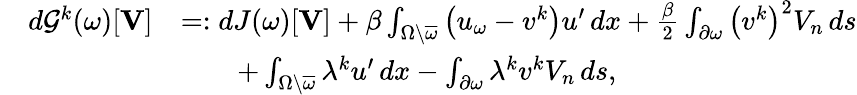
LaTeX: \begin{array}{rl}&{\begin{array}{rl}{d\mathcal{G}^{k}(\omega)[\boldsymbol{\mathbf{V}}]}&{=:dJ(\omega)[\boldsymbol{\mathbf{V}}]+\beta\int_{\Omega\setminus\overline{{\omega}}}\big(u_{\omega}-v^{k}\big){u^{\prime}}\, dx+\frac{\beta}{2}\int_{\partial\omega}\big(v^{k}\big)^{2}V_{n}\, ds}\\ &{\qquad+\int_{\Omega\setminus\overline{{\omega}}}\lambda^{k}{u^{\prime}}\, dx-\int_{\partial\omega}\lambda^{k}v^{k}V_{n}\, ds,}\end{array}}\end{array}